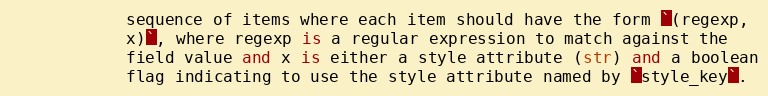
Language: Python
            sequence of items where each item should have the form `(regexp,
            x)`, where regexp is a regular expression to match against the
            field value and x is either a style attribute (str) and a boolean
            flag indicating to use the style attribute named by `style_key`.